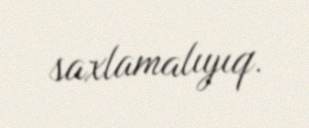
saxlamalıyıq.